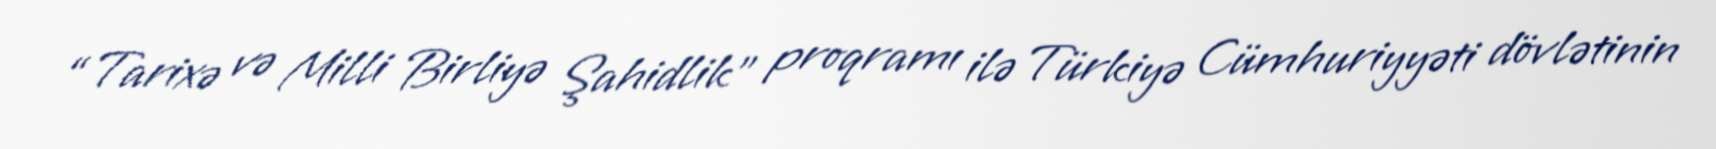
“Tarixə və Milli Birliyə Şahidlik” proqramı ilə Türkiyə Cümhuriyyəti dövlətinin